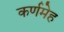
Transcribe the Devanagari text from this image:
कर्णमेह